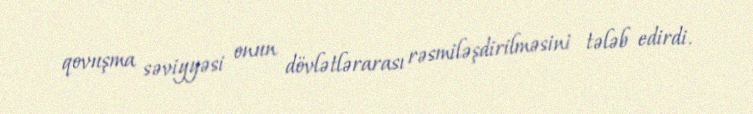
qovuşma səviyyəsi onun dövlətlərarası rəsmiləşdirilməsini tələb edirdi.